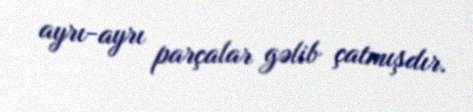
ayrı-ayrı parçalar gəlib çatmışdır.